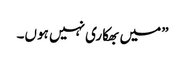
”میں بھکاری نہیں ہوں۔